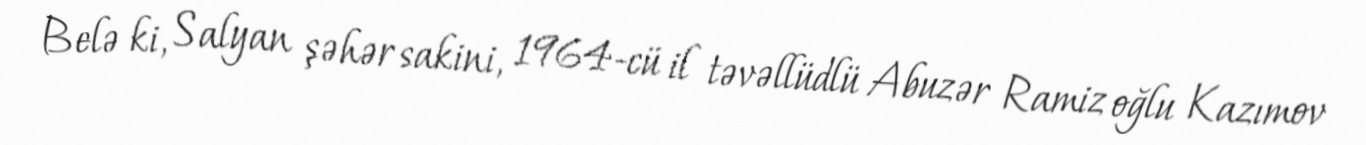
Belə ki, Salyan şəhər sakini, 1964-cü il təvəllüdlü Abuzər Ramiz oğlu Kazımov